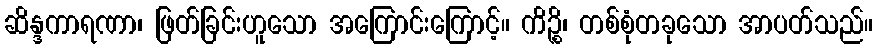
ဆိန္ဒကာရဏာ၊ ဖြတ်ခြင်းဟူသော အကြောင်းကြောင့်။ ကိဉ္စိ၊ တစ်စုံတခုသော အာပတ်သည်။